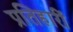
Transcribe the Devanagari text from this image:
प्रतिहारीं